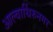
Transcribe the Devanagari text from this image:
आल्वार्थिरुनगर